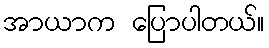
အာယာက ပြောပါတယ်။